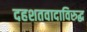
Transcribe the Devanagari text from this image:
दहशतवादाविरुद्ध